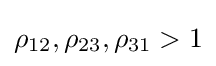
\rho _{12},\rho _{23},\rho _{31}>1